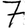
Digit: 7